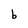
Character: b